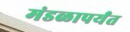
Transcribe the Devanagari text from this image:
मंडळापर्यंत